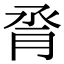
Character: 脀